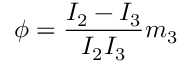
\phi = \frac { I _ { 2 } - I _ { 3 } } { I _ { 2 } I _ { 3 } } m _ { 3 }